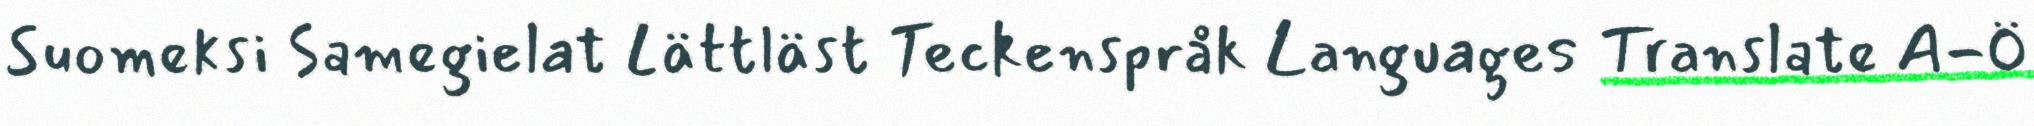
Suomeksi Samegielat Lättläst Teckenspråk Languages Translate A-Ö